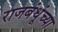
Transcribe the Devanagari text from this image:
राजबंधूंच्या